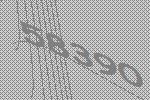
58390